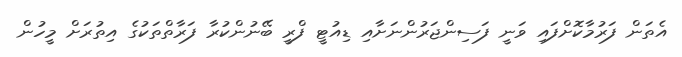
އެތަން ފަރުމާކޮށްފައި ވަނީ ފަސިންޖަރުންނަށާއި ޑިއުޓީ ފްރީ ބޭނުންކުރާ ފަރާތްތަކުގެ އިތުރަށް މީހުން